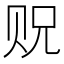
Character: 贶